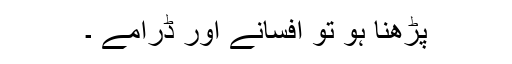
پڑھنا ہو تو افسانے اور ڈرامے ۔